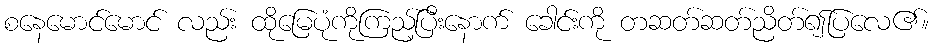
စနေမောင်မောင် လည်း ထိုမြေပုံကိုကြည့်ပြီးနောက် ခေါင်းကို တဆတ်ဆတ်ညိတ်၍ပြလေ၏။